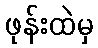
ဖုန်းထဲမှ